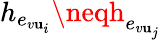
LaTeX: h_{e_{v\mathbf{u}_{i}}}\neqh_{e_{v\mathbf{u}_{j}}}